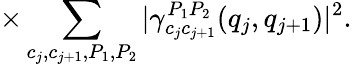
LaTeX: \times\sum_{c_{j},c_{j+1},{P_{1},P_{2}}}|\gamma_{c_{j}c_{j+1}}^{P_{1}P_{2}}(q_{j},q_{j+1})|^{2}.